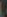
)